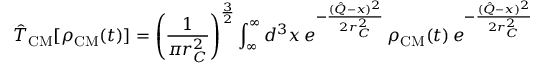
{ \hat { T } } _ { \mathrm { C M } } [ \rho _ { \mathrm { C M } } ( t ) ] = \left( { \frac { 1 } { \pi r _ { C } ^ { 2 } } } \right) ^ { \frac { 3 } { 2 } } \int _ { \infty } ^ { \infty } d ^ { 3 } x \, e ^ { - { \frac { ( { \hat { Q } } - x ) ^ { 2 } } { 2 r _ { C } ^ { 2 } } } } \, \rho _ { \mathrm { C M } } ( t ) \, e ^ { - { \frac { ( { \hat { Q } } - x ) ^ { 2 } } { 2 r _ { C } ^ { 2 } } } }